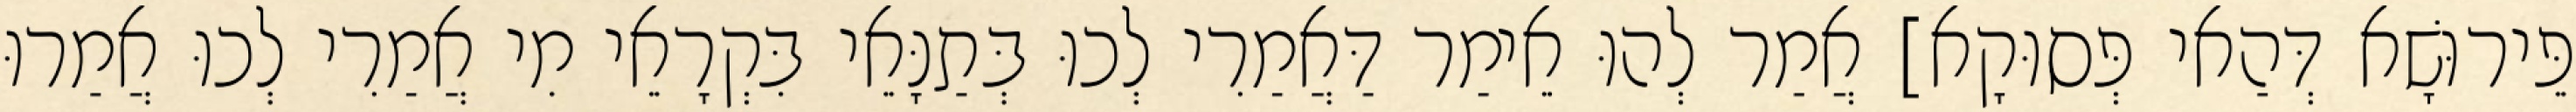
פֵּירוּשָׁא דְּהַאי פְּסוּקָא] אֲמַר לְהוּ אֵימַר דַּאֲמַרִי לְכוּ בְּתַנָּאֵי בִּקְרָאֵי מִי אֲמַרִי לְכוּ אֲמַרוּ